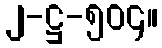
၂-ဋ္ဌ-၅၀၄။